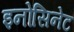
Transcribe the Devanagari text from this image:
इनोसिनेट